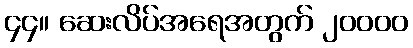
၄၄။ ဆေးလိပ်အရေအတွက် ၂၀၀၀၀